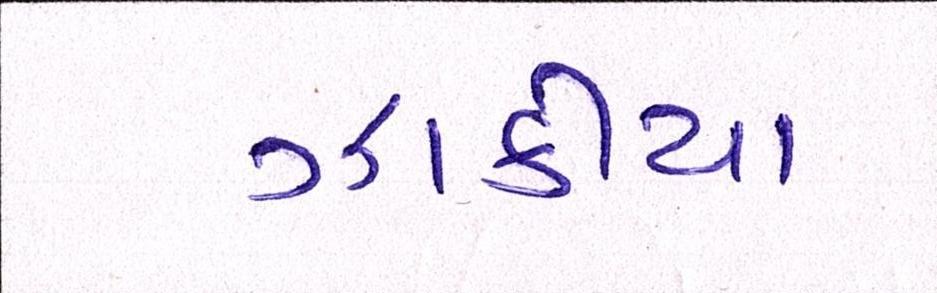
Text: ઝાકીયા